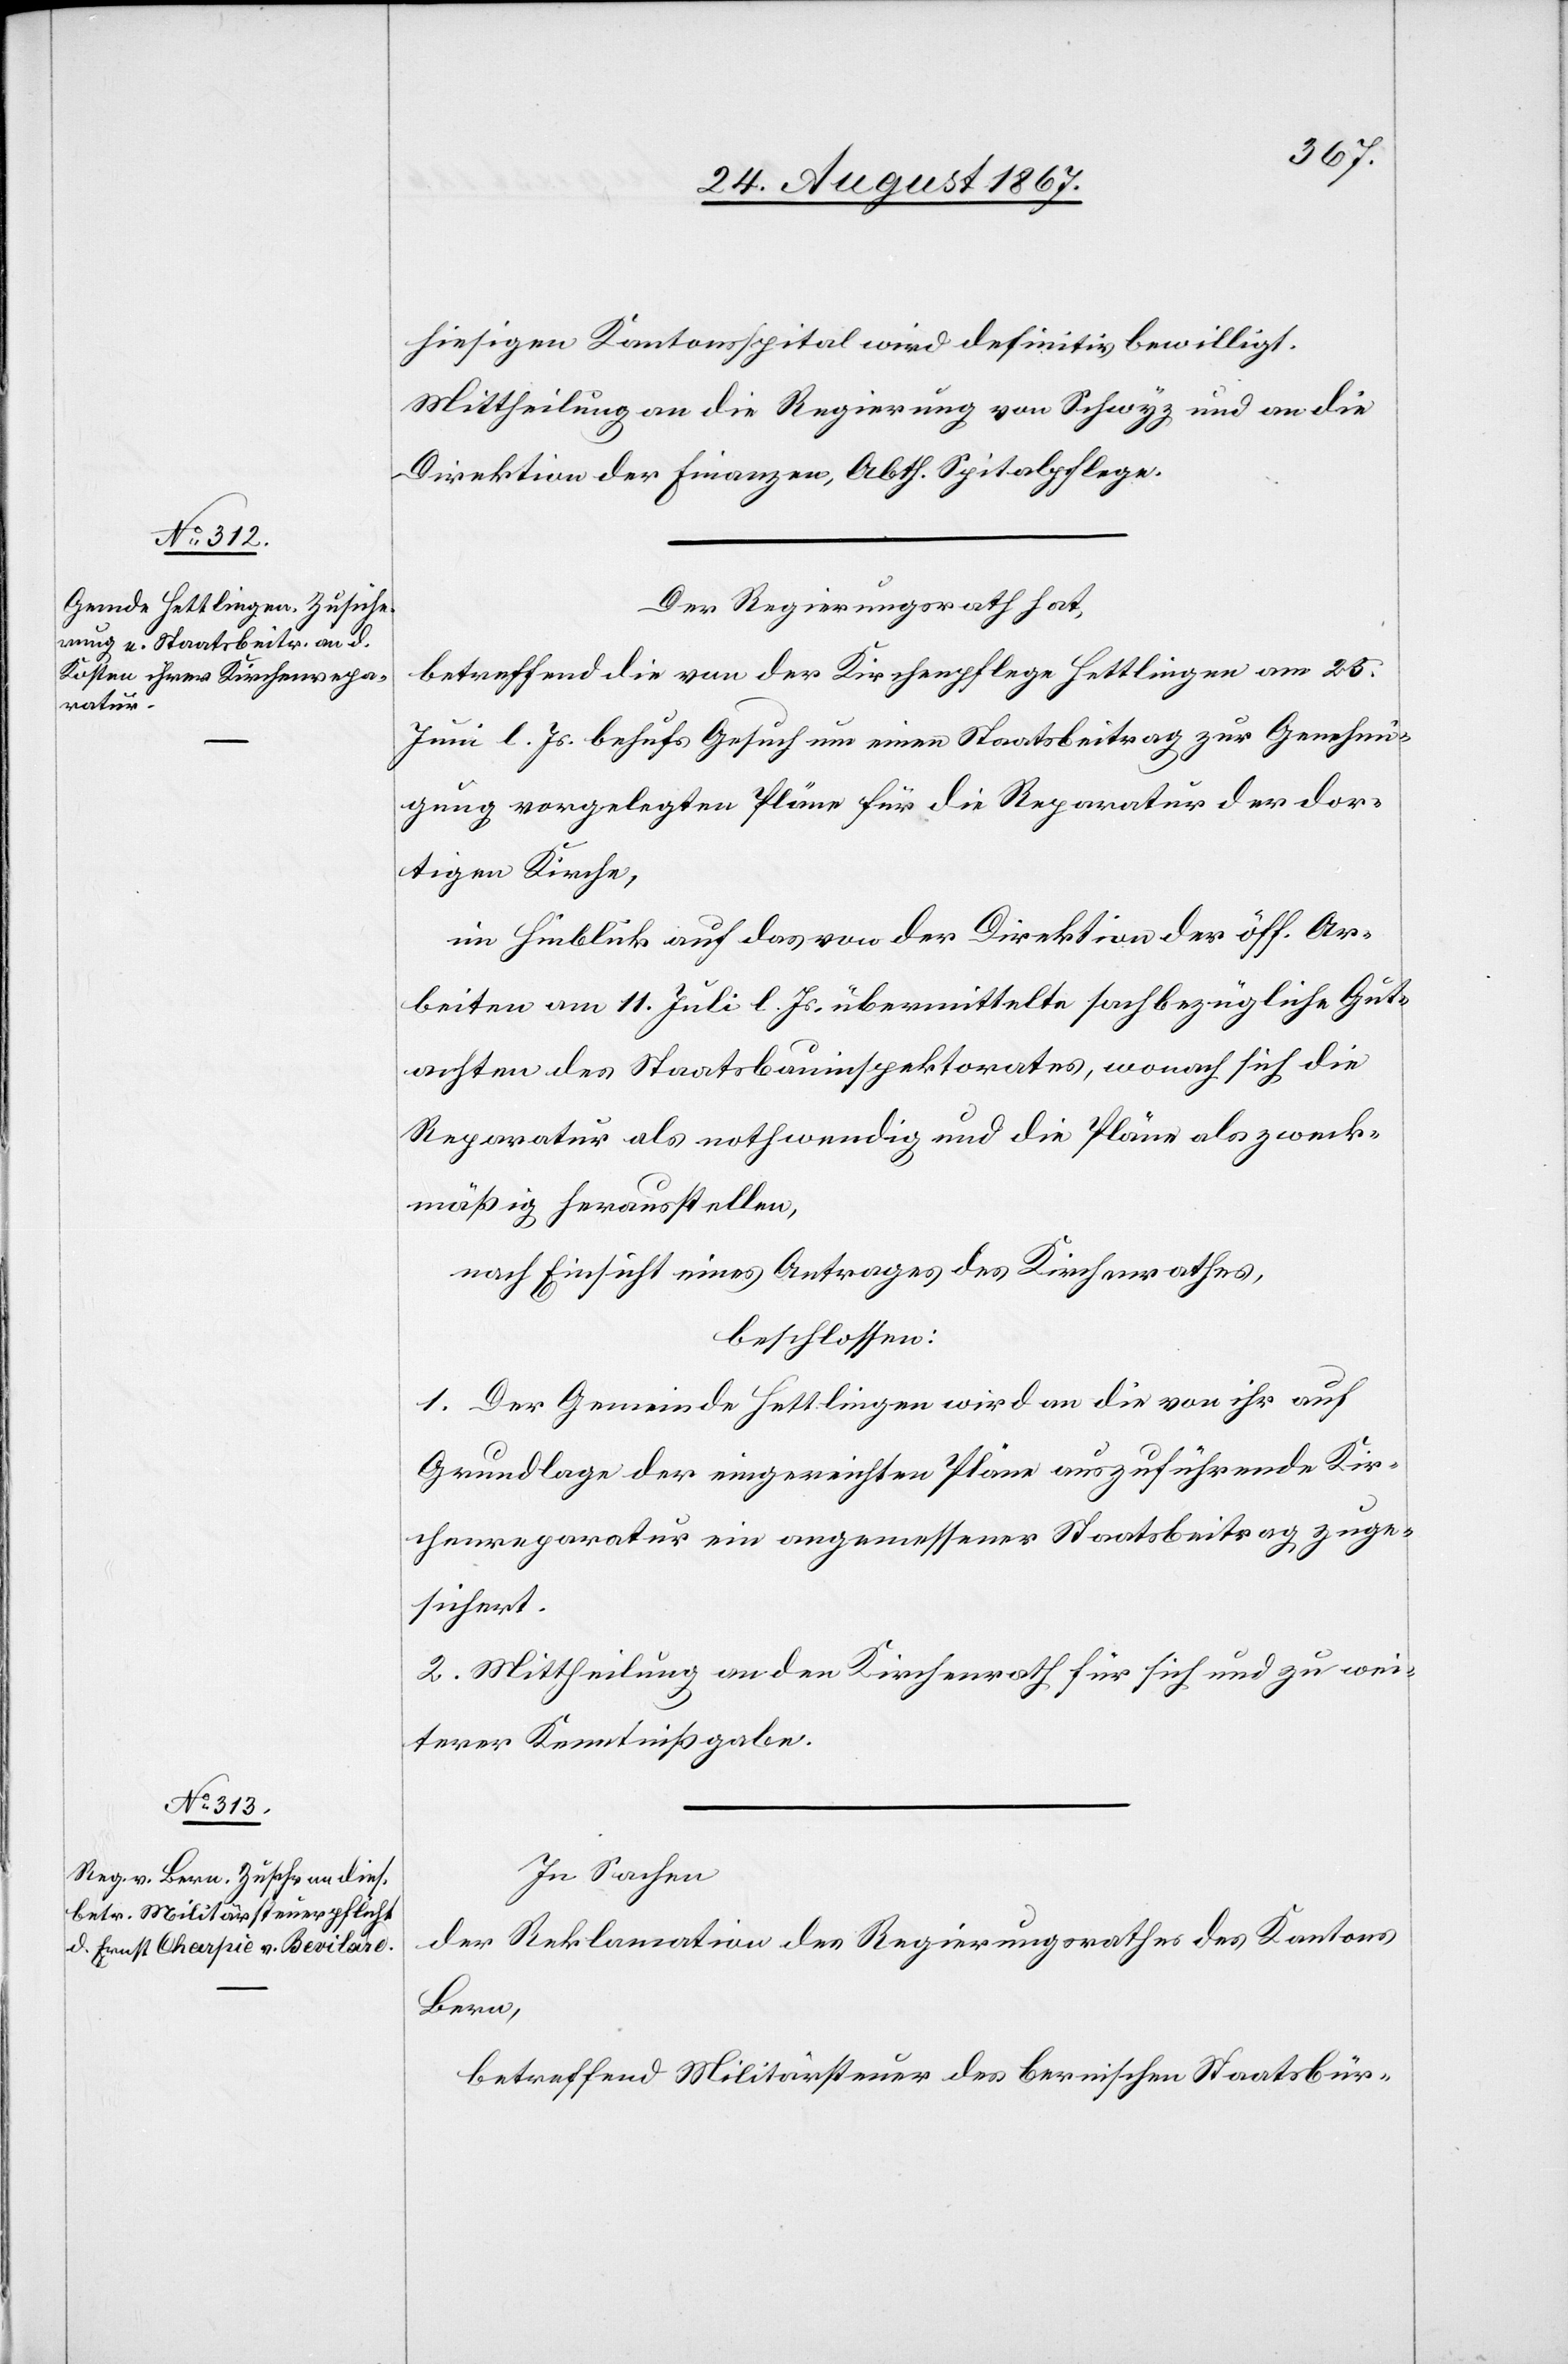
hiesigen Kantonsspital wird definitiv bewilligt.
Mittheilung an die Regierung von Schwyz und an die
Direktion der Finanzen, Abth. Spitalpflege.
Der Regierungsrath hat,
betreffend die von der Kirchenpflege Hettlingen am 25.
Juni l. Js. behufs Gesuch um einen Staatsbeitrag zur Genehmi¬
gung vorgelegten Pläne für die Reparatur der dor¬
tigen Kirche,
in Hinblick auf das von der Direktion der öff. Ar¬
beiten am 11. Juli l. Js. übermittelte sachbezügliche Gut¬
achten des Staatsbauinspektorates, wonach sich die
Reparatur als nothwendig und die Pläne als zweck¬
mäßig herausstellen,
nach Einsicht eines Antrages des Kirchenrathes,
beschlossen:
1. Der Gemeinde Hettlingen wird an die von ihr auf
Grundlage der eingereichten Pläne auszuführenden Kir¬
chenreparatur ein angemessener Staatsbeitrag zuge¬
sichert.
2. Mittheilung an den Kirchenrath für sich und zu wei¬
terer Kenntnißgabe.
In Sachen
der Reklamation des Regierungsrathes des Kantons
Bern,
betreffend Militärsteuer des bernischen Staatsbür-